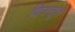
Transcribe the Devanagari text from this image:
विस्त्तृत